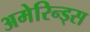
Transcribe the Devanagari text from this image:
अमेरिन्ड्स